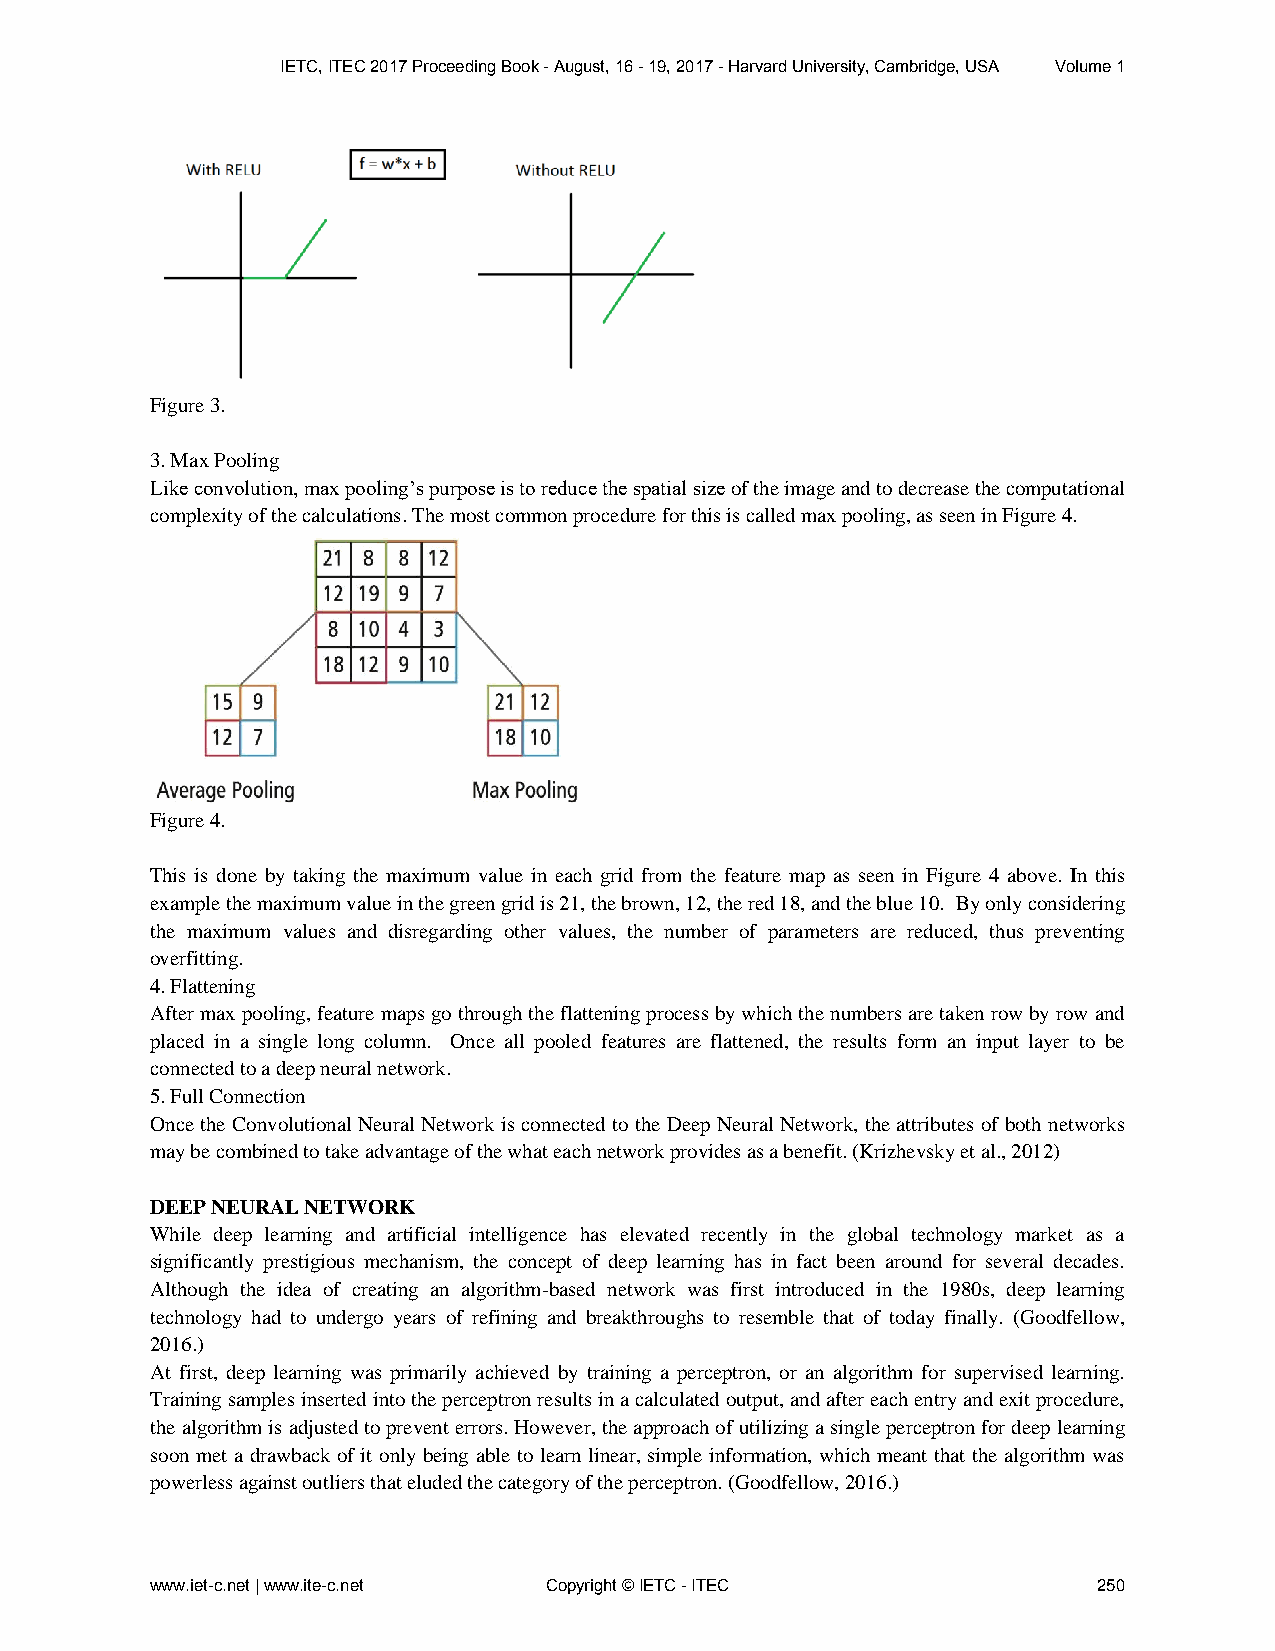
IETC, ITEC 2017 Proceeding Book - August, 16 - 19, 2017 - Harvard University, Cambridge, USA Volume 1
 Figure 3.
 3. Max Pooling
 Like convolution, max pooling’s purpose is to reduce the spatial size of the image and to decrease the computational
 complexity of the calculations. The most common procedure for this is called max pooling, as seen in Figure 4.
 Figure 4.
 This is done by taking the maximum value in each grid from the feature map as seen in Figure 4 above. In this
 example the maximum value in the green grid is 21, the brown, 12, the red 18, and the blue 10. By only considering
 the maximum values and disregarding other values, the number of parameters are reduced, thus preventing
 overfitting.
 4. Flattening
 After max pooling, feature maps go through the flattening process by which the numbers are taken row by row and
 placed in a single long column. Once all pooled features are flattened, the results form an input layer to be
 connected to a deep neural network.
 5. Full Connection
 Once the Convolutional Neural Network is connected to the Deep Neural Network, the attributes of both networks
 may be combined to take advantage of the what each network provides as a benefit. (Krizhevsky et al., 2012)
 DEEP NEURAL NETWORK
 While deep learning and artificial intelligence has elevated recently in the global technology market as a
 significantly prestigious mechanism, the concept of deep learning has in fact been around for several decades.
 Although the idea of creating an algorithm-based network was first introduced in the 1980s, deep learning
 technology had to undergo years of refining and breakthroughs to resemble that of today finally. (Goodfellow,
 2016.)
 At first, deep learning was primarily achieved by training a perceptron, or an algorithm for supervised learning.
 Training samples inserted into the perceptron results in a calculated output, and after each entry and exit procedure,
 the algorithm is adjusted to prevent errors. However, the approach of utilizing a single perceptron for deep learning
 soon met a drawback of it only being able to learn linear, simple information, which meant that the algorithm was
 powerless against outliers that eluded the category of the perceptron. (Goodfellow, 2016.)
 www.iet-c.net | www.ite-c.net Copyright © IETC - ITEC          250